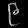
Digit: ၉